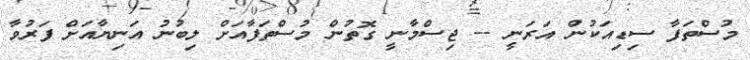
މުސްތަފާ ސިޑިއަކުން އަރަނީ -- ޖިސްމާނީ ގޮތުން މުސްތަފާއަށް ލިބުނު އަނިޔާއަށް ފަރުވާ